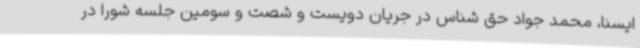
ایسنا، محمد جواد حق شناس در جریان دویست و شصت و سومین جلسه شورا در